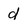
Character: d